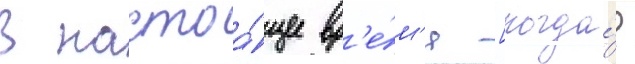
В настоа́щее вр'е́м'я [когда́?